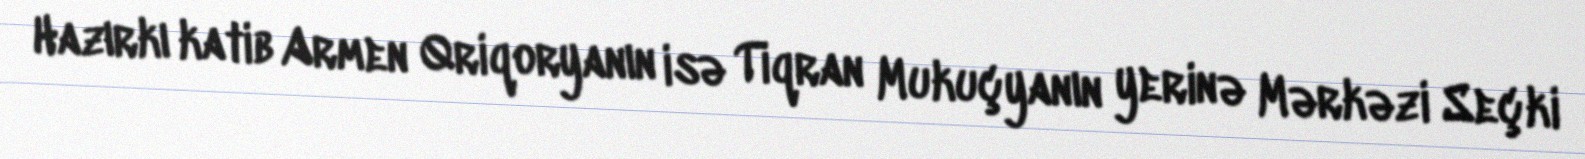
Hazırkı katib Armen Qriqoryanın isə Tiqran Mukuçyanın yerinə Mərkəzi Seçki